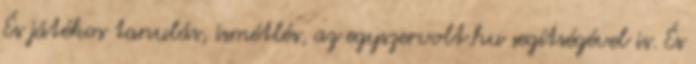
És játékos tanulás, ismétlés, az egyszervolt.hu segítségével is. És